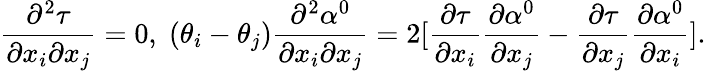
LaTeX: \frac{\partial^{2}\tau}{\partial x_{i}\partial x_{j}}=0,\; (\theta_{i}-\theta_{j})\frac{\partial^{2}\alpha^{0}}{\partial x_{i}\partial x_{j}}=2[\frac{\partial\tau}{\partial x_{i}}\frac{\partial\alpha^{0}}{\partial x_{j}}-\frac{\partial\tau}{\partial x_{j}}\frac{\partial\alpha^{0}}{\partial x_{i}}].